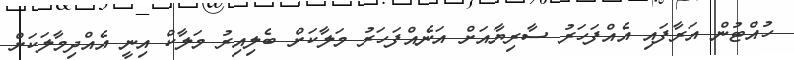
ހުއްޓުން އަރާފައި އެއްފަހަރު ސާރިޔާއަށް އަނެއްފަހަރު މަލާކަށް ބެލިއިރު މަލާކް އިނީ އެއްދިމާލަކަށް